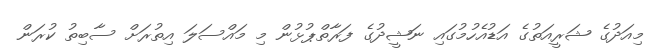
މިއަދުގެ ޝަރީއަތުގެ އަޑުއެހުމުގައި ނަޝީދުގެ ފަރާތްޕުޅުން މި މައްސަލަ އިތުރަށް ސާބިތު ކުރަން